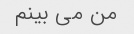
من می بینم